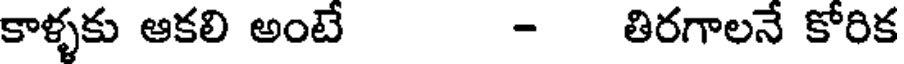
కాళ్ళకు ఆకలి అంటే - తిరగాలనే కోరిక